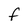
Character: F